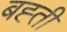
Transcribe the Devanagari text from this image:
बह्ती